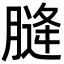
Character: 𮌨